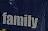
family